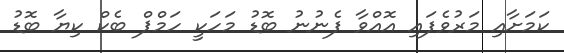
ކަމަށާއި މަރުވެފައި އޮއްވާ ފެނުނު ބޮޑު މަހަކީ ހަމްޕް ބެކް ކިޔާ ބޮޑު